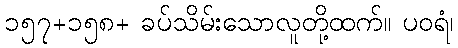
၁၅၇+၁၅၈+ ခပ်သိမ်းသောလူတို့ထက်။ ပဝရံ၊